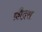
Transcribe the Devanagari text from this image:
क़ौद्रस